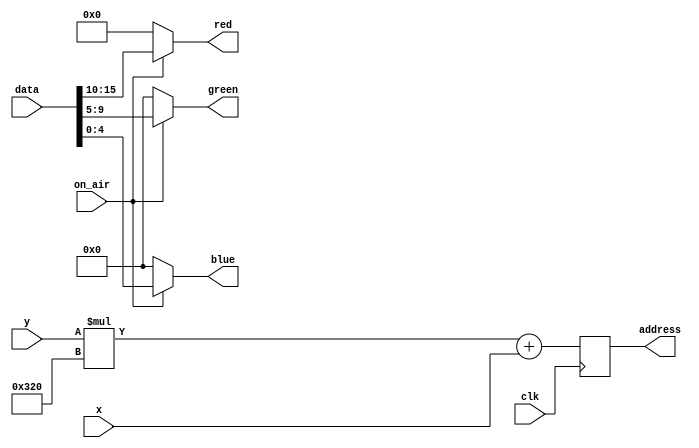
module buffer_manager 
#(parameter WIDTH=16,
            COORDINATES=10,
				RED=6,
				GREEN=5,
				BLUE=5,
            SCREEN_W=800,
				ADDRESS_WIDTH=19)
   (	
	input [COORDINATES - 1:0]x, 
	input [COORDINATES - 1:0]y, 
	input on_air,
	input clk,
	input [WIDTH - 1: 0]data,
	output reg [ADDRESS_WIDTH - 1:0]address,
   output reg [RED - 1:0]red,
	output reg [GREEN - 1:0]green,
	output reg [BLUE - 1:0]blue
	);
	always @(posedge clk) begin
		address = y * SCREEN_W + x;
	end
	always @* begin
		red = (on_air) ? data[WIDTH - 1: WIDTH - RED] : 0;
		green = (on_air) ? data[WIDTH - RED - 1: WIDTH - RED - GREEN] : 0;
		blue = (on_air) ? data[BLUE - 1: 0] : 0;
	end
endmodule